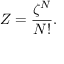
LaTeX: Z = { \frac { \zeta ^ { N } } { N ! } } .